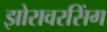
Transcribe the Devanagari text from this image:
झोरावरसिंग